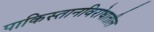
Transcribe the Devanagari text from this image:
पाकिस्तानविरोधातील